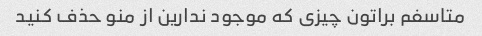
متاسفم براتون چیزی که موجود ندارین از منو حذف کنید